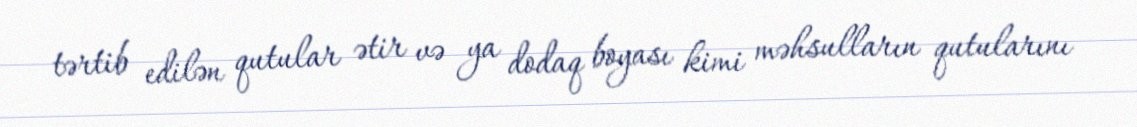
tərtib edilən qutular ətir və ya dodaq boyası kimi məhsulların qutularını